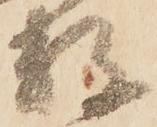
数